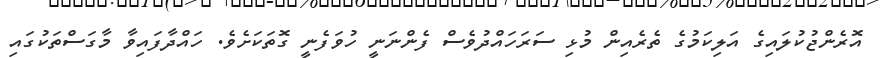
އޮރެންޖުކުލައިގެ އަލިކަމުގެ ތެރެއިން މުޅި ސަރަހައްދުވެސް ފެންނަނީ ހުވަފެނީ ގޮތަކަށެވެ. ހައްދާފައިވާ މާގަސްތަކުގައި